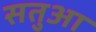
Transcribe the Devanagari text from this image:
सतुआ